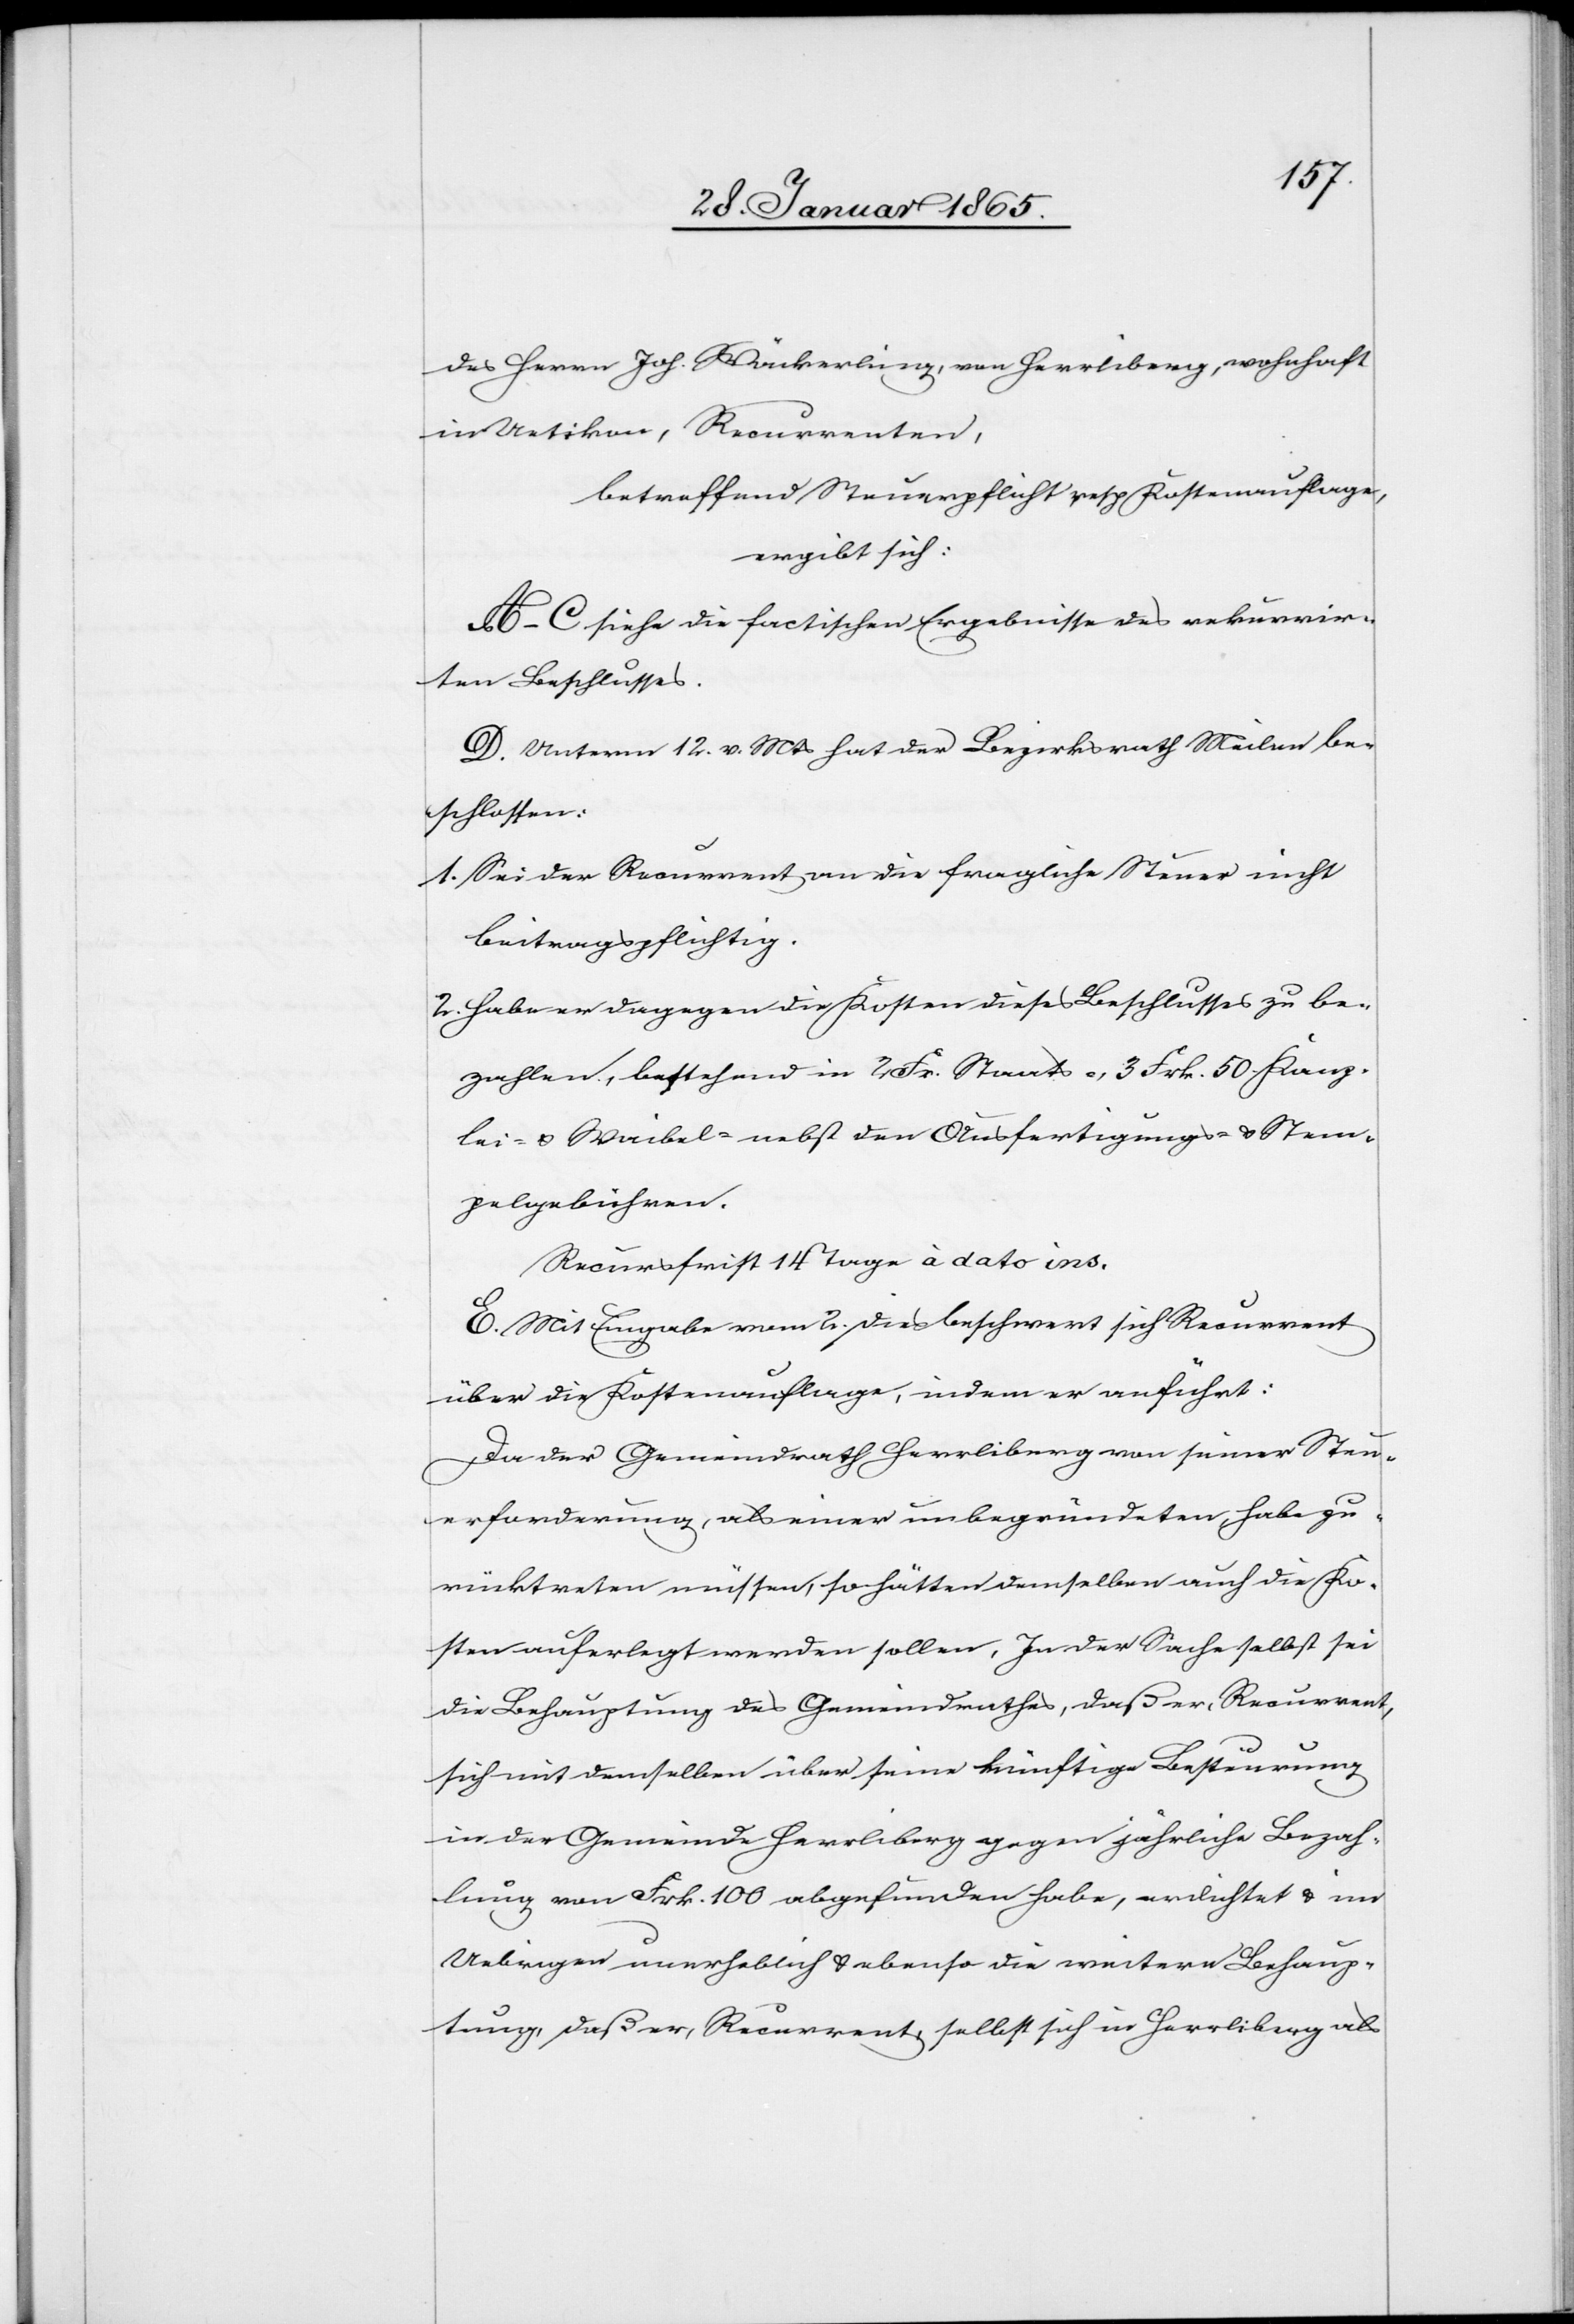
des Herrn Joh. Wäckerling, von Herrliberg, wohnhaft
in Uetikon, Recurrenten,
betreffend Steuerpflicht resp. Kostenauflage,
ergibt sich:
A–C siehe die factischen Ergebnisse des rekurrir¬
ten Beschlusses.
D. Unterm 12. v. Mts hat der Bezirksrath Meilen be¬
schlossen:
1. Sei der Recurrent an die fragliche Steuer nicht
beitragspflichtig.
2. Habe er dagegen die Kosten dieses Beschlusses zu be¬
zahlen, bestehend in 2 Fr. Staats-, 3 Frk. 50 Kanz¬
lei- u. Waibel-, nebst den Ausfertigungs- u. Stem¬
pelgebühren.
Recursfrist 14 Tage à dato ins.
E. Mit Eingabe vom 2. dies beschwert sich Recurrent
über die Kostenauflage, indem er anführt:
Da der Gemeindrath Herrliberg von seiner Steu¬
erforderung, als einer unbegründeten, habe zu¬
rücktreten müssen, so hätten demselben auch die Ko¬
sten auferlegt werden sollen. In der Sache selbst sei
die Behauptung des Gemeindrathes, daß er, Recurrent,
sich mit demselben über seine künftige Besteurung
in der Gemeinde Herrliberg gegen jährliche Bezah¬
lung von Frk. 100 abgefunden habe, erdichtet u. im
Uebrigen unerheblich u. ebenso die weitere Behaup¬
tung, daß er, Recurrent, selbst sich in Herrliberg als